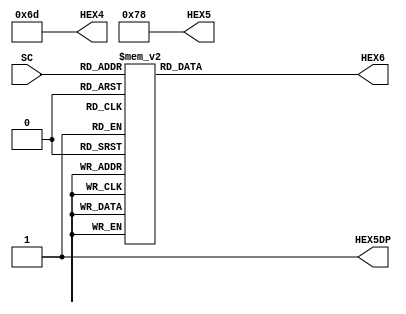
module STK_Decoder(SC, HEX4, HEX5, HEX6, HEX5DP);

input[2:0] SC;
output reg[6:0] HEX4, HEX5, HEX6;
output reg HEX5DP;

always @(SC[2:0]) begin

HEX4 = 7'b1101101;
HEX5 = 7'b1111000;
HEX5DP = 1'b1;

case (SC[2:0])

3'b000: begin //Empty

HEX6 = 7'b1111001; end

3'b001: begin //Empty

HEX6 = 7'b0000110; end

3'b010: begin //Empty

HEX6 = 7'b1011011; end

3'b011: begin //Empty

HEX6 = 7'b1001111; end

3'b100: begin //Empty

HEX6 = 7'b1100110; end

3'b101: begin //Empty

HEX6 = 7'b1101101; end

3'b110: begin //Empty

HEX6 = 7'b1111101; end

3'b111: begin //Empty

HEX6 = 7'b0000111; end

endcase
end

endmodule